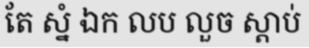
តែ ស្នំ ឯក លប លួច ស្តាប់